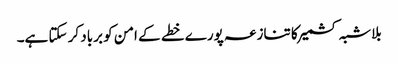
بلاشبہ کشمیر کا تنازعہ پورے خطے کے امن کو برباد کر سکتا ہے۔